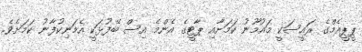
ޕީޕީއެމްގެ ރައީސަކީ މައުމޫނު ކަމަށާއި ޕާޓީގެ އެންމެ އިސް ބޭފުޅަކީ އެމަނިކުފާނު ކަމަށެވެ.